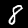
Label: 8